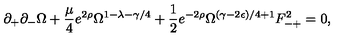
\partial _ { + } \partial _ { - } \Omega + \frac { \mu } { 4 } e ^ { 2 \rho } \Omega ^ { 1 - \lambda - \gamma / 4 } + \frac { 1 } { 2 } e ^ { - 2 \rho } \Omega ^ { ( \gamma - 2 \epsilon ) / 4 + 1 } F _ { - + } ^ { 2 } = 0 ,